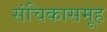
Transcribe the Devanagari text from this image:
संचिकासमूह